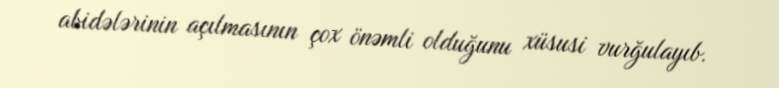
abidələrinin açılmasının çox önəmli olduğunu xüsusi vurğulayıb.